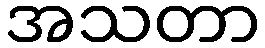
အသတာ